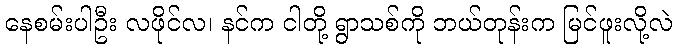
နေစမ်းပါဦး လဖိုင်လ၊ နင်က ငါတို့ ရွာသစ်ကို ဘယ်တုန်းက မြင်ဖူးလို့လဲ